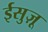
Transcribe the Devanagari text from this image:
ईसुज़ू